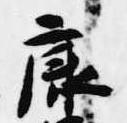
康